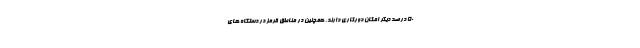
۵۰ درصد دیگر امکان دورکاری دارند. همچنین در مناطق قرمز در دستگاه های